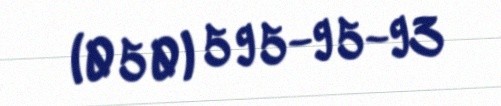
(050) 595-95-93